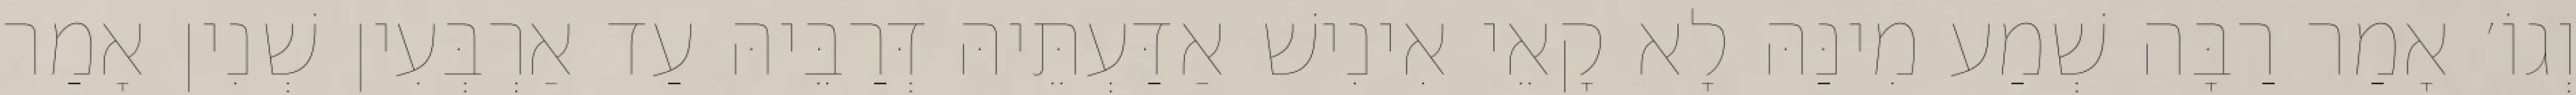
וְגוֹ׳ אָמַר רַבָּה שְׁמַע מִינַּהּ לָא קָאֵי אִינִישׁ אַדַּעְתֵּיהּ דְּרַבֵּיהּ עַד אַרְבְּעִין שְׁנִין אָמַר